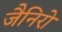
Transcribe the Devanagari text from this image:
जैनिरो